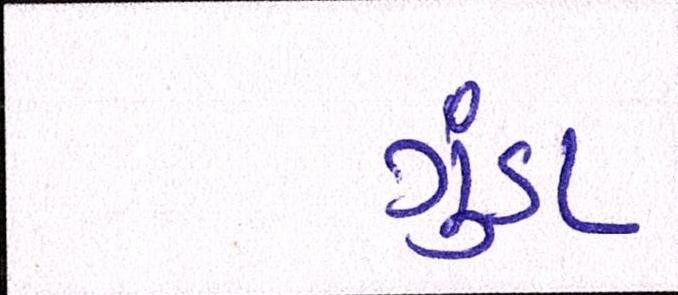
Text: ગુંડા